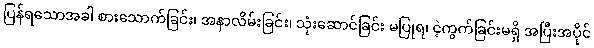
ပြန်ရသောအခါ စားသောက်ခြင်း၊ အနာလိမ်းခြင်း၊ သုံးဆောင်ခြင်း မပြုရ၊ ငဲ့ကွက်ခြင်းမရှိ အပြီးအပိုင်